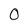
Character: 0